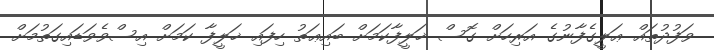
ވަފުދުތައް ޢަލީގެފާނުގެ އަރިހަށް ގޮސް ޚަލީފާކަމަށް ބައިޢަތު ހިފައި ޚަލީފާ ކަމަށް އިސްވެވަޑައިގަތުމަށް